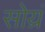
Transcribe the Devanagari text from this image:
सोय्रं